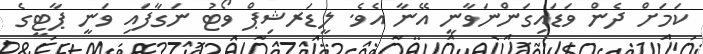
ކަމަށް ދެން ވަޑައިގަންނަވާނީ އޭނާ އެވެ. ލީޑަރޝިޕް ވޯޓު ނަގާފައި ވަނީ ޕާޓީގެ